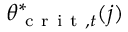
\theta _ { \mathrm { ~ c ~ r ~ i ~ t ~ } , t } ^ { * } ( j )